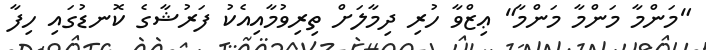
"މަންމާ މަންމާ މަންމާ" ޢިޒްވާ ހުރި ދިމާލަށް ތިރިވުމާއިއެކު ފަރުޝާގެ ކޮނޑުގައި ހިފާ